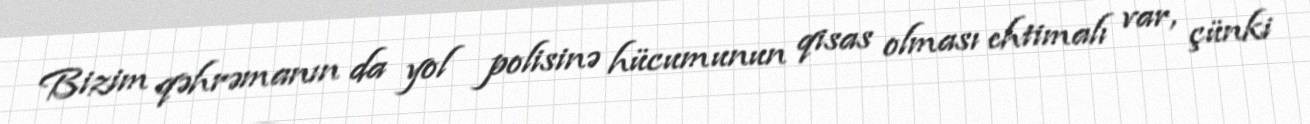
Bizim qəhrəmanın da yol polisinə hücumunun qisas olması ehtimalı var, çünki